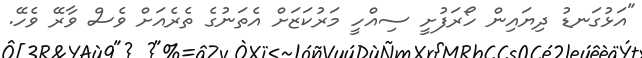
"އަޅުގަނޑު ދިޔައިން ހޯރަފުށީ ސިއްހީ މަރުކަޒަށް އެތަނުގެ ތެރެއަށް ވެސް ވާރޭ ވެހޭ.